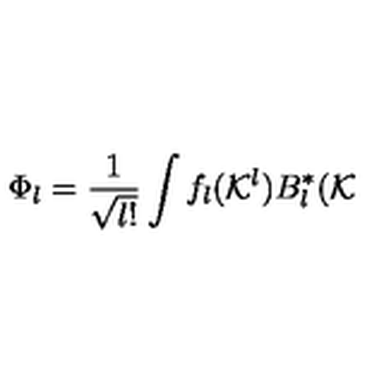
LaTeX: \Phi _ { l } = \frac { 1 } { \sqrt { l ! } } \int f _ { l } ( { \cal K } ^ { l } ) B _ { l } ^ { \ast } ( { \cal K }